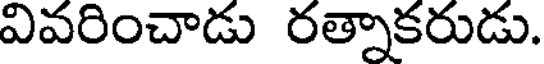
వివరించాడు రత్నాకరుడు.